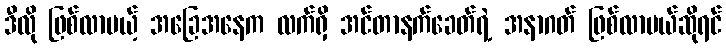
ဒီလို ဖြစ်လာမယ့် အခြေအနေက လက်ရှိ အင်တာနက်ခေတ်ရဲ့ အနာဂတ် ဖြစ်လာမယ်ဆိုရင်